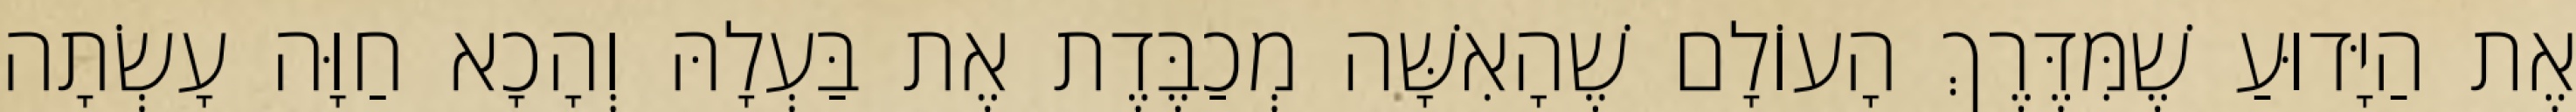
אֶת הַיָּדוּעַ שֶׁמִּדֶּרֶךְ הָעוֹלָם שֶׁהָאִשָּׁה מְכַבֶּדֶת אֶת בַּעְלָהּ וְהָכָא חַוָּה עָשְׂתָה